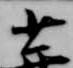
少